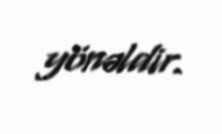
yönəldir.